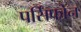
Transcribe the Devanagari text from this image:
पर्सिफोन